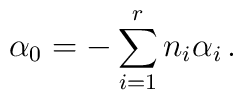
\alpha_{0}=-\sum_{i=1}^{r}n_{i}\alpha_{i}\,.